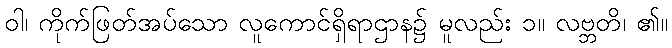
ဝါ၊ ကိုက်ဖြတ်အပ်သော လူကောင်ရှိရာဌာန၌ မူလည်း ၁။ လဗ္ဘတိ၊ ၏။